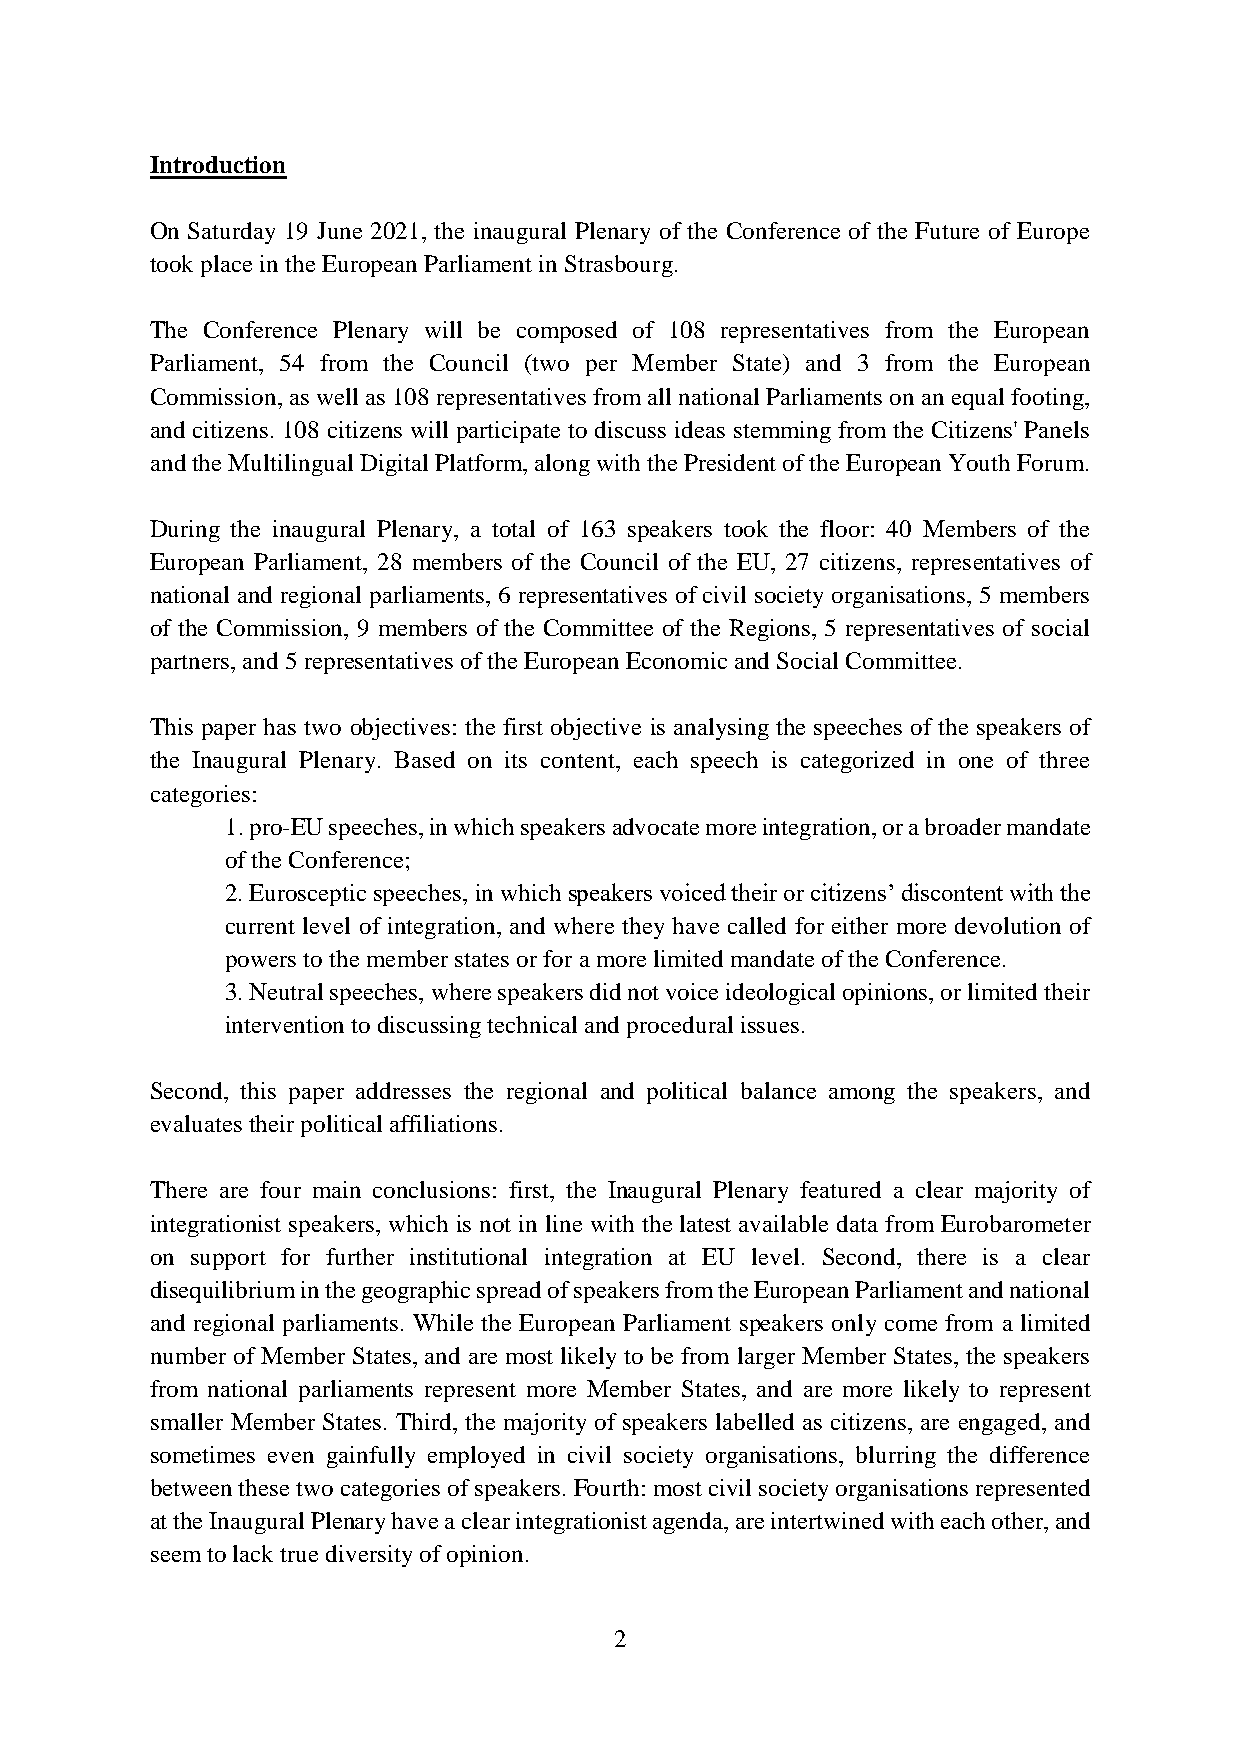
Introduction
 On Saturday 19 June 2021, the inaugural Plenary of the Conference of the Future of Europe
 took place in the European Parliament in Strasbourg.
 The Conference Plenary will be composed of 108 representatives from the European
 Parliament, 54 from the Council (two per Member State) and 3 from the European
 Commission, as well as 108 representatives from all national Parliaments on an equal footing,
 and citizens. 108 citizens will participate to discuss ideas stemming from the Citizens' Panels
 and the Multilingual Digital Platform, along with the President of the European Youth Forum.
 During the inaugural Plenary, a total of 163 speakers took the floor: 40 Members of the
 European Parliament, 28 members of the Council of the EU, 27 citizens, representatives of
 national and regional parliaments, 6 representatives of civil society organisations, 5 members
 of the Commission, 9 members of the Committee of the Regions, 5 representatives of social
 partners, and 5 representatives of the European Economic and Social Committee.
 This paper has two objectives: the first objective is analysing the speeches of the speakers of
 the Inaugural Plenary. Based on its content, each speech is categorized in one of three
 categories:
 1. pro-EU speeches, in which speakers advocate more integration, or a broader mandate
 of the Conference;
 2. Eurosceptic speeches, in which speakers voiced their or citizens’ discontent with the
 current level of integration, and where they have called for either more devolution of
 powers to the member states or for a more limited mandate of the Conference.
 3. Neutral speeches, where speakers did not voice ideological opinions, or limited their
 intervention to discussing technical and procedural issues.
 Second, this paper addresses the regional and political balance among the speakers, and
 evaluates their political affiliations.
 There are four main conclusions: first, the Inaugural Plenary featured a clear majority of
 integrationist speakers, which is not in line with the latest available data from Eurobarometer
 on support for further institutional integration at EU level. Second, there is a clear
 disequilibrium in the geographic spread of speakers from the European Parliament and national
 and regional parliaments. While the European Parliament speakers only come from a limited
 number of Member States, and are most likely to be from larger Member States, the speakers
 from national parliaments represent more Member States, and are more likely to represent
 smaller Member States. Third, the majority of speakers labelled as citizens, are engaged, and
 sometimes even gainfully employed in civil society organisations, blurring the difference
 between these two categories of speakers. Fourth: most civil society organisations represented
 at the Inaugural Plenary have a clear integrationist agenda, are intertwined with each other, and
 seem to lack true diversity of opinion.
 2